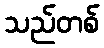
သည်တစ်